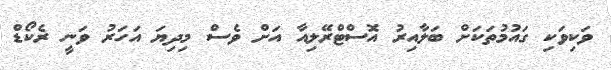
ވަކިވަކި ގައުމުތަކަށް ބަލާއިރު އޮސްޓްރޭލިއާ އަށް ވެސް މިދިޔަ އަހަރު ވަނީ ރެކޯޑް